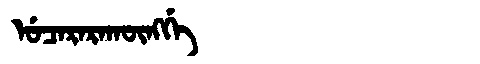
Manchu: ᡠᠴᠠᡵᠠᡵᠠᡴᡡᠩᡤᡝ
Romanization: UCARARAKŪNGGE